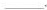
___，